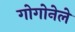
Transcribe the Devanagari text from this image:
गोगोनेले